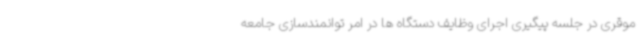
موقری در جلسه پیگیری اجرای وظایف دستگاه ها در امر توانمندسازی جامعه